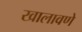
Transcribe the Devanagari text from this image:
खालावणे